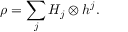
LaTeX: \rho = \sum _ { j } H _ { j } \otimes h ^ { j } .